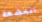
المشعة